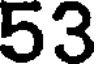
53